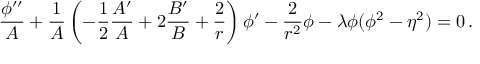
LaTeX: { \frac { \phi ^ { \prime \prime } } { A } } + { \frac { 1 } { A } } \left( - { \frac { 1 } { 2 } } { \frac { A ^ { \prime } } { A } } + 2 { \frac { B ^ { \prime } } { B } } + { \frac { 2 } { r } } \right) \phi ^ { \prime } - { \frac { 2 } { r ^ { 2 } } } \phi - \lambda \phi ( \phi ^ { 2 } - \eta ^ { 2 } ) = 0 \, .